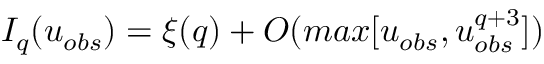
I _ { q } ( u _ { o b s } ) = \xi ( q ) + O ( m a x [ u _ { o b s } , u _ { o b s } ^ { q + 3 } ] )